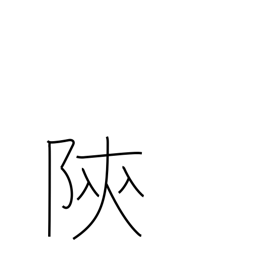
Meaning: place name